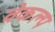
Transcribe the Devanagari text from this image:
वेकल्प